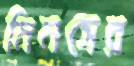
মিনসের